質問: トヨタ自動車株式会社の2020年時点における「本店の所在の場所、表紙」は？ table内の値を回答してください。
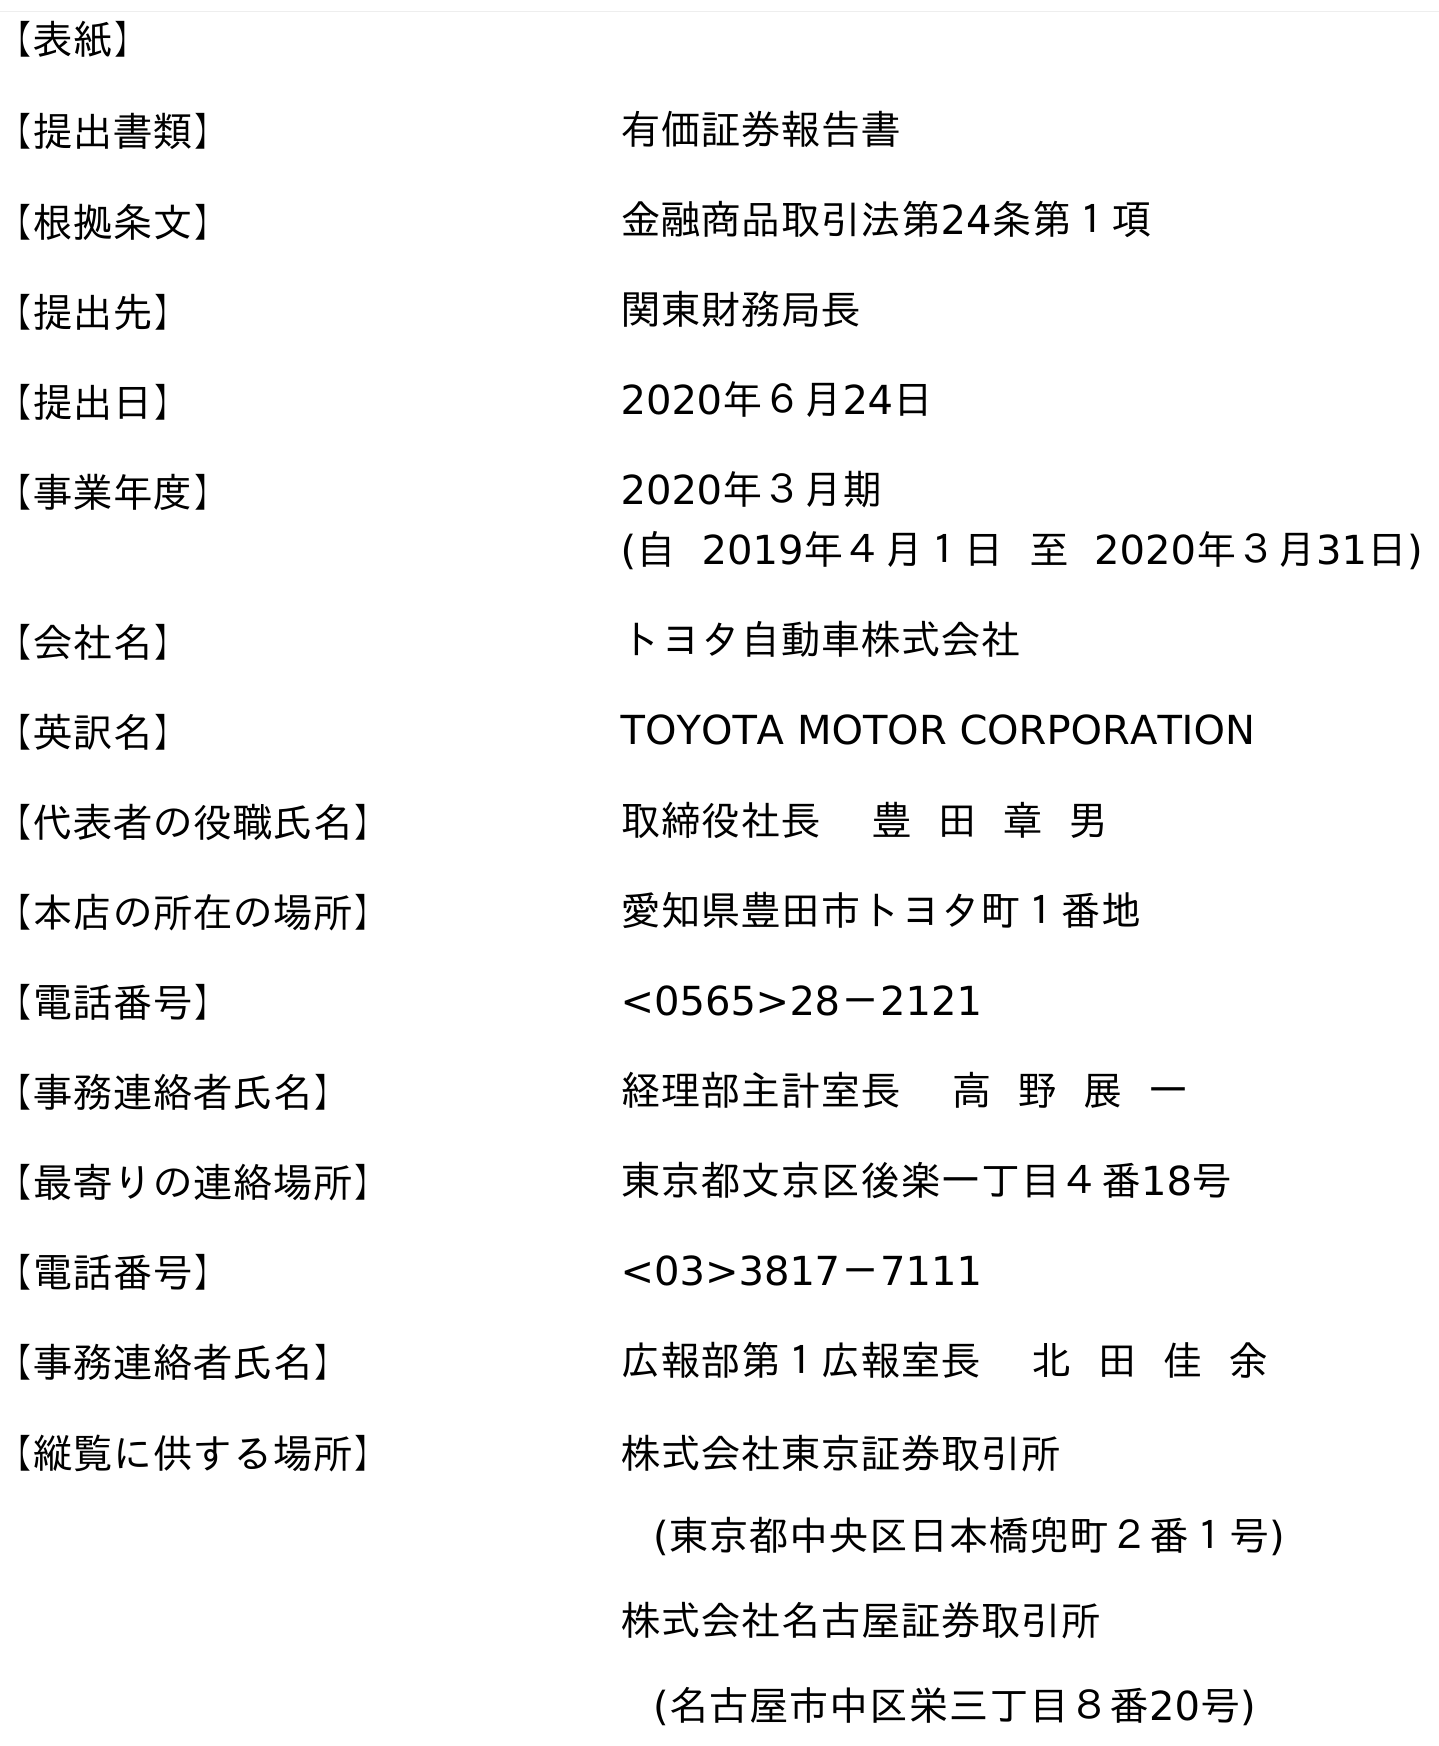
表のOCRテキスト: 【表紙】 【提出書類】 有価証券報告書 【根拠条文】 金融商品取引法第24条第１項 【提出先】 関東財務局長 【提出日】 2020年６月24日 【事業年度】 2020年３月期 (自 2019年４月１日 至 2020年３月31日) 【会社名】 トヨタ自動車株式会社 【英訳名】 TOYOTA MOTOR CORPORATION 【代表者の役職氏名】 取締役社長 豊 田 章 男 【本店の所在の場所】 愛知県豊田市トヨタ町１番地 【電話番号】 <0565>28－2121 【事務連絡者氏名】 経理部主計室長 高 野 展 一 【最寄りの連絡場所】 東京都文京区後楽一丁目４番18号 【電話番号】 <03>3817－7111 【事務連絡者氏名】 広報部第１広報室長 北 田 佳 余 【縦覧に供する場所】 株式会社東京証券取引所 (東京都中央区日本橋兜町２番１号) 株式会社名古屋証券取引所 (名古屋市中区栄三丁目８番20号)
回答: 愛知県豊田市トヨタ町１番地